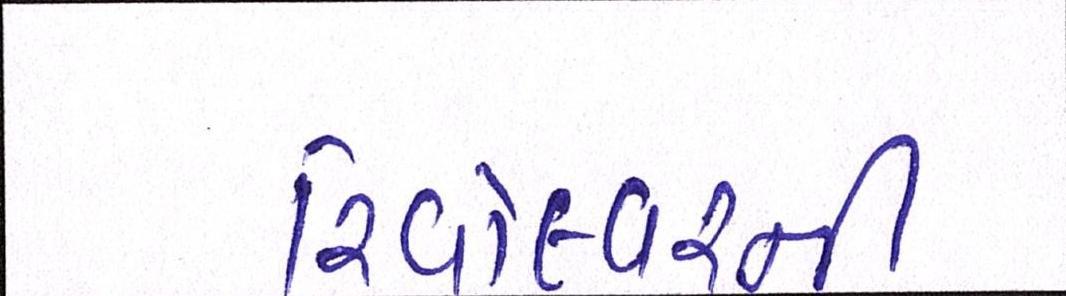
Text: રિવોલ્વરની